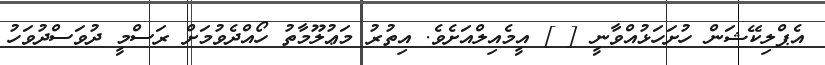
އެޕްލިކޭޝަން ހުށަހަޅުއްވާނީ [ ] އީމެއިލްއަށެވެ. އިތުރު މަޢުލޫމާތު ހޯއްދެވުމަށް ރަސްމީ ދުވަސްދުވަހު